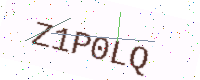
Text: Z1P0LQ